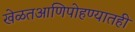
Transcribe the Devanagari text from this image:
खेळतआणिपोहण्यातही